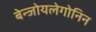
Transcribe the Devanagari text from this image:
बेन्जोयलेगोनिन